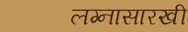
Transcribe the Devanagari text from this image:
लग्नासारखी